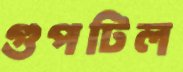
গুপটিল